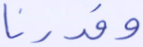
وقدرنا